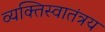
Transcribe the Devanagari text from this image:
व्यक्तिस्वातंत्रय